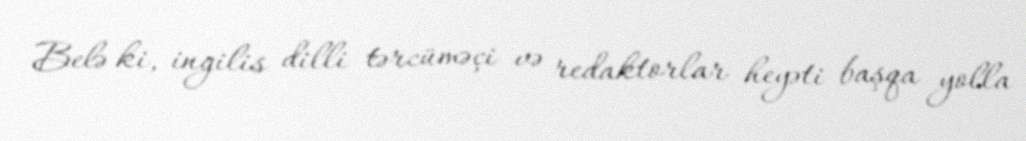
Belə ki, ingilis dilli tərcüməçi və redaktorlar heyəti başqa yolla